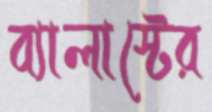
ব্যালাস্টের